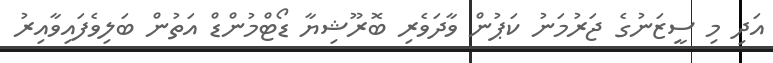
އަދި މި ސީޒަނުގެ ޖަރުމަނު ކަޕުން ވާދަވެރި ބޮރޫޝިޔާ ޑޯޓްމުންޑް އަތުން ބަލިވެފައިވާއިރު